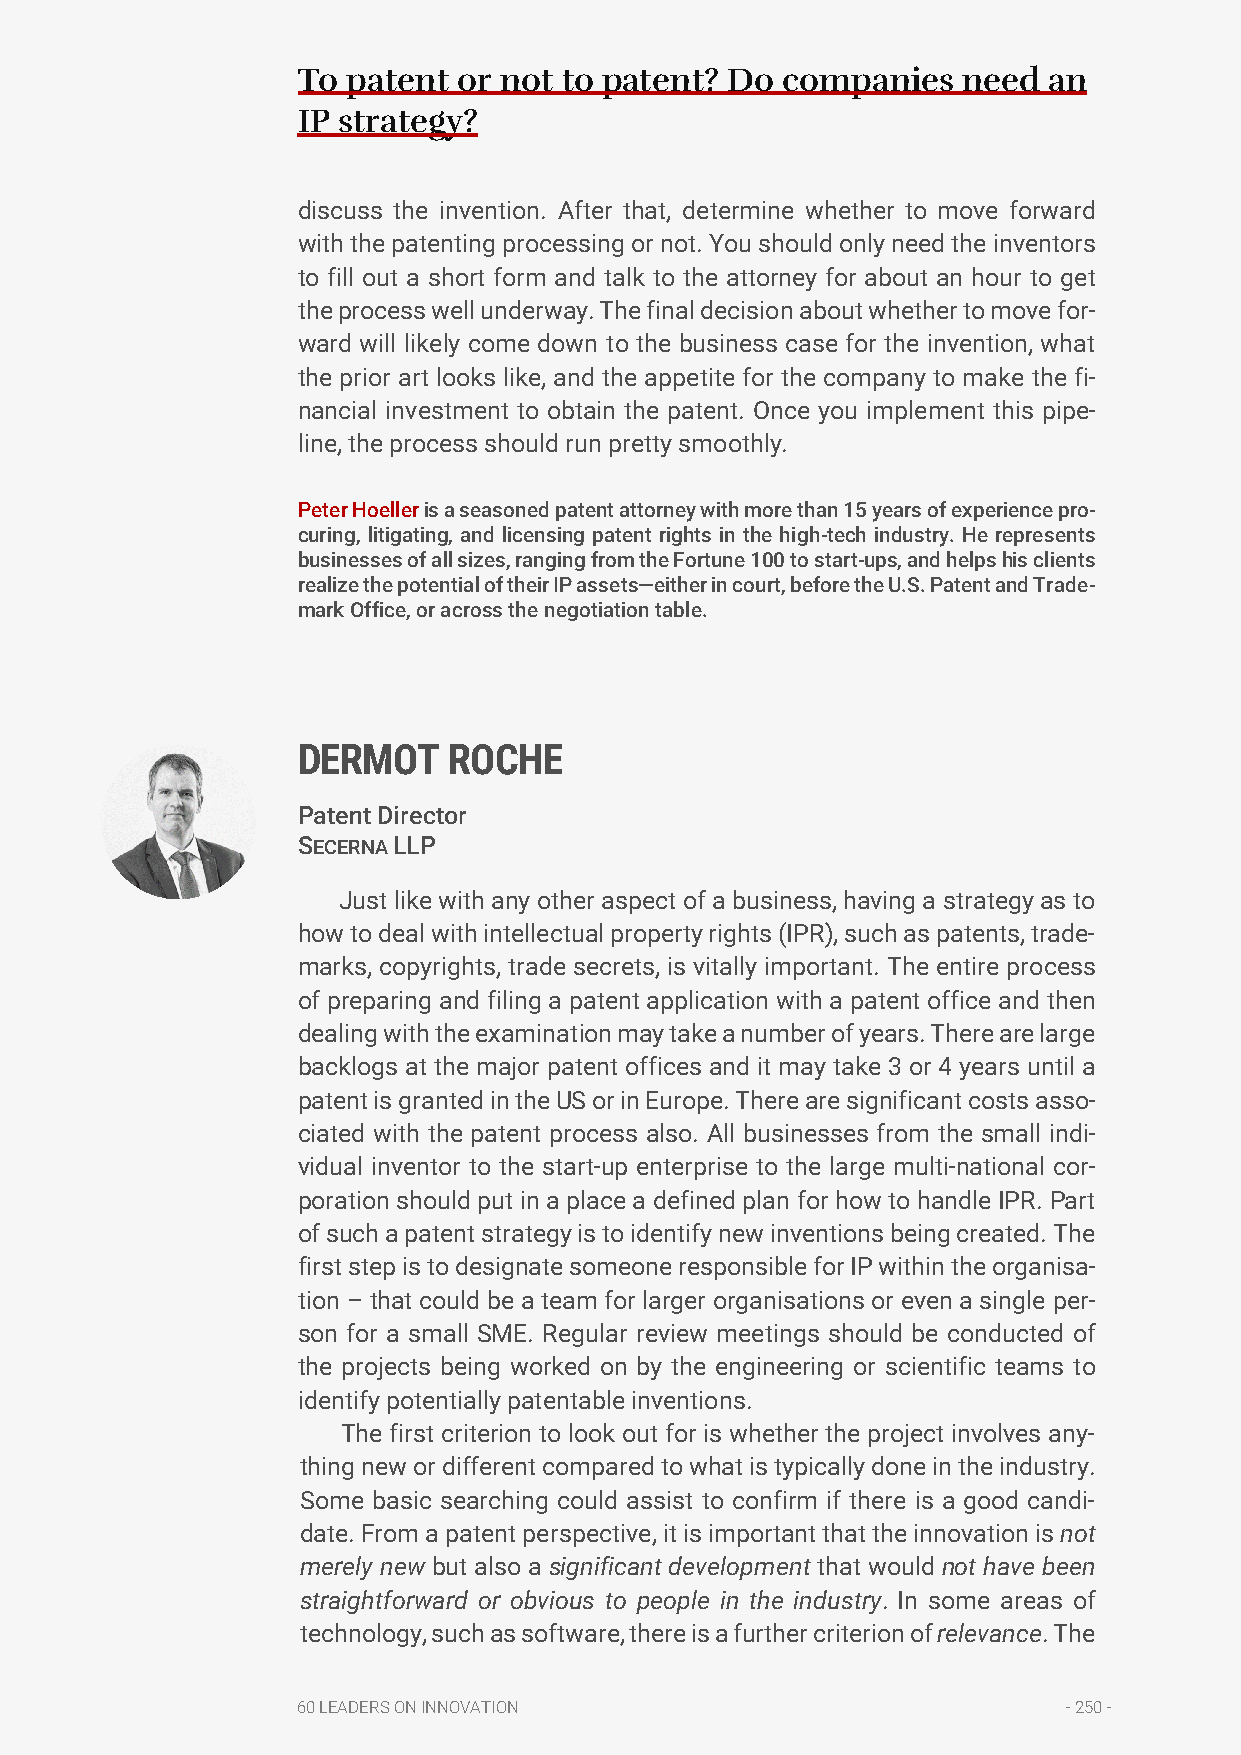
To patent or not to patent? Do  companies   need an
 IP strategy?
 discuss the invention. After that, determine whether to move forward
 with the patenting processing or not. You should only need the inventors
 to fill out a short form and talk to the attorney for about an hour to get
 the process well underway. The final decision about whether to move for-
 ward will likely come down to the business case for the invention, what
 the prior art looks like, and the appetite for the company to make the fi-
 nancial investment to obtain the patent. Once you implement this pipe-
 line, the process should run pretty smoothly.
 Peter Hoeller is a seasoned patent attorney with more than 15 years of experience pro-
 curing, litigating, and licensing patent rights in the high-tech industry. He represents
 businesses of all sizes, ranging from the Fortune 100 to start-ups, and helps his clients
 realize the potential of their IP assets—either in court, before the U.S. Patent and Trade-
 mark Office, or across the negotiation table.
 DERMOT    ROCHE
 Patent Director
 SECERNA LLP
 Just like with any other aspect of a business, having a strategy as to
 how to deal with intellectual property rights (IPR), such as patents, trade-
 marks, copyrights, trade secrets, is vitally important. The entire process
 of preparing and filing a patent application with a patent office and then
 dealing with the examination may take a number of years. There are large
 backlogs at the major patent offices and it may take 3 or 4 years until a
 patent is granted in the US or in Europe. There are significant costs asso-
 ciated with the patent process also. All businesses from the small indi-
 vidual inventor to the start-up enterprise to the large multi-national cor-
 poration should put in a place a defined plan for how to handle IPR. Part
 of such a patent strategy is to identify new inventions being created. The
 first step is to designate someone responsible for IP within the organisa-
 tion – that could be a team for larger organisations or even a single per-
 son for a small SME. Regular review meetings should be conducted of
 the projects being worked on by the engineering or scientific teams to
 identify potentially patentable inventions.
 The first criterion to look out for is whether the project involves any-
 thing new or different compared to what is typically done in the industry.
 Some basic searching could assist to confirm if there is a good candi-
 date. From a patent perspective, it is important that the innovation is not
 merely new but also a significant development that would not have been
 straightforward or obvious to people in the industry. In some areas of
 technology, such as software, there is a further criterion of relevance. The
 60 LEADERS ON INNOVATION                           - 250 -